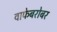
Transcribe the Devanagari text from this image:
वाफेबरोबर